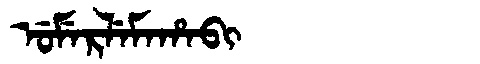
Manchu: ᡠᠮᡝᡵᠯᡝᠮᠠᡥᠠᠪᡳ
Romanization: UMERLEMAHABI